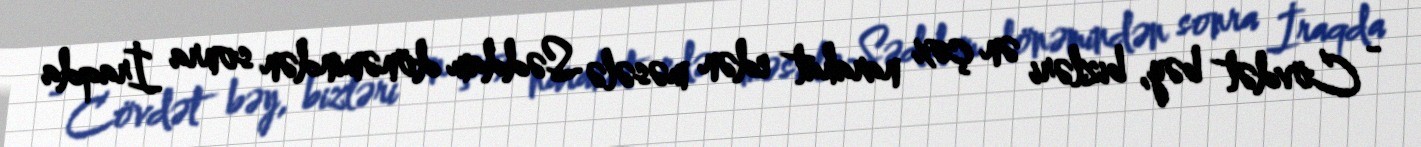
- Cövdət bəy, bizləri ən çox narahat edən məsələ Səddam dönəmindən sonra İraqda